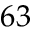
6 3